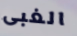
الغبى